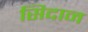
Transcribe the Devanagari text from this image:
सिदान